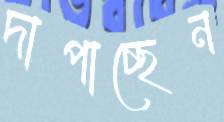
দাপাচ্ছেন